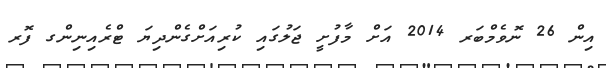
އިން 26 ނޮވެމްބަރ 2014 އަށް މާފުށީ ޖަލުގައި ކުރިއަށްގެންދިޔަ ޓްރެއިނިންގ ފޮރ